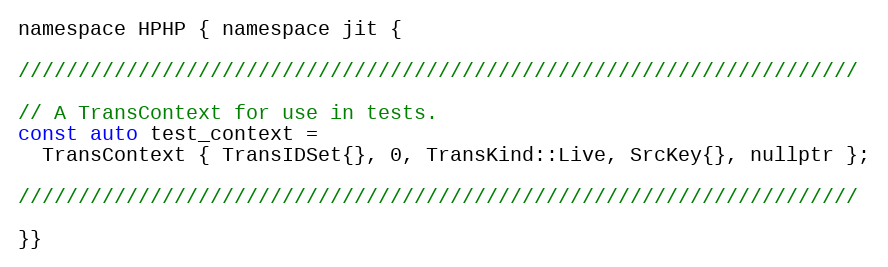
Language: C
namespace HPHP { namespace jit {

//////////////////////////////////////////////////////////////////////

// A TransContext for use in tests.
const auto test_context =
  TransContext { TransIDSet{}, 0, TransKind::Live, SrcKey{}, nullptr };

//////////////////////////////////////////////////////////////////////

}}